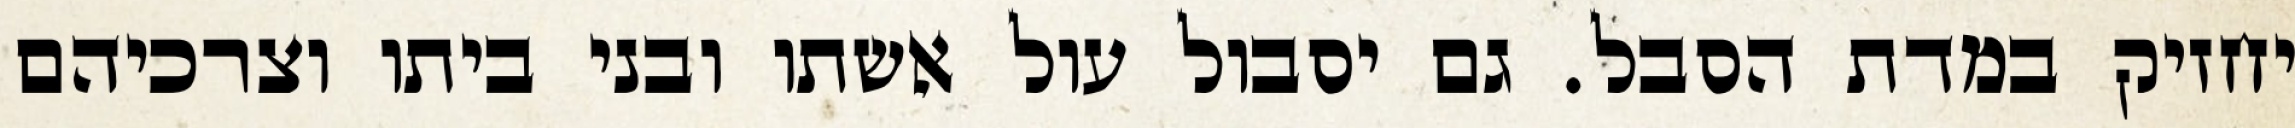
יחזיק במדת הסבל. גם יסבול עול אשתו ובני ביתו וצרכיהם